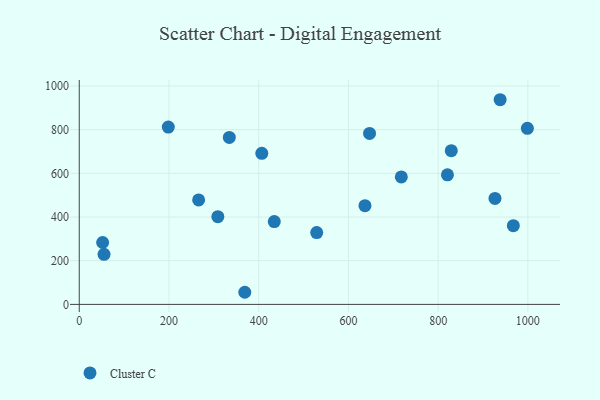
{"axis": {"x": "Speed", "y": "Profit"}, "legend": ["Cluster C"], "data": [{"x": "266.1", "y": 478.5, "type": "Cluster C"}, {"x": "406.9", "y": 691.7, "type": "Cluster C"}, {"x": "434.7", "y": 379.1, "type": "Cluster C"}, {"x": "55.2", "y": 229.4, "type": "Cluster C"}, {"x": "717.9", "y": 583.4, "type": "Cluster C"}, {"x": "938.2", "y": 937.0, "type": "Cluster C"}, {"x": "926.7", "y": 485.0, "type": "Cluster C"}, {"x": "198.5", "y": 811.9, "type": "Cluster C"}, {"x": "967.6", "y": 360.4, "type": "Cluster C"}, {"x": "820.7", "y": 593.1, "type": "Cluster C"}, {"x": "636.9", "y": 452.0, "type": "Cluster C"}, {"x": "829.3", "y": 703.8, "type": "Cluster C"}, {"x": "334.5", "y": 764.5, "type": "Cluster C"}, {"x": "998.9", "y": 806.0, "type": "Cluster C"}, {"x": "308.9", "y": 401.6, "type": "Cluster C"}, {"x": "52.1", "y": 283.4, "type": "Cluster C"}, {"x": "369.0", "y": 55.5, "type": "Cluster C"}, {"x": "647.1", "y": 782.9, "type": "Cluster C"}, {"x": "529.3", "y": 328.7, "type": "Cluster C"}]}